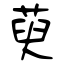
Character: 萸